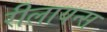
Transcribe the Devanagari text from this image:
रीलायन्स